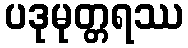
ပဒုမုတ္တရဿ